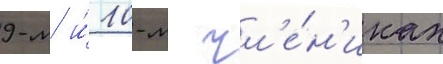
9-м и́ 10-м чл'е́н'иках